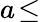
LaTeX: a\! \leq